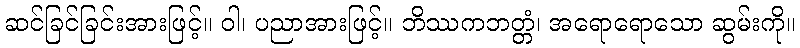
ဆင်ခြင်ခြင်းအားဖြင့်။ ဝါ၊ ပညာအားဖြင့်။ ဘိဿကဘတ္တံ၊ အရောရောသော ဆွမ်းကို။